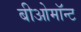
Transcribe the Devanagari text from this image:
बीओमॉन्ट